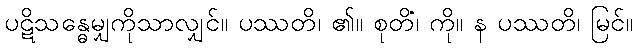
ပဋိသန္ဓေမျှကိုသာလျှင်။ ပဿတိ၊ ၏။ စုတိံ၊ ကို။ န ပဿတိ၊ မြင်။